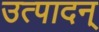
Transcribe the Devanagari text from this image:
उत्पादन्